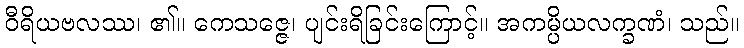
ဝီရိယဗလဿ၊ ၏။ ကေသဇ္ဇေ၊ ပျင်းရိခြင်းကြောင့်။ အကမ္ပိယလက္ခဏံ၊ သည်။